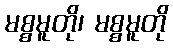
မစ္စမူတို၊ မစ္စမူတို